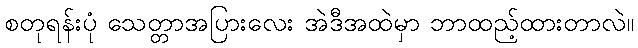
စတုရန်းပုံ သေတ္တာအပြားလေး အဲဒီအထဲမှာ ဘာထည့်ထားတာလဲ။